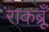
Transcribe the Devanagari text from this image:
राकब्रूँ